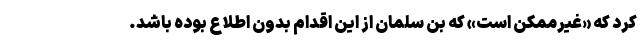
کرد که «غیرممکن است» که بن سلمان از این اقدام بدون اطلاع بوده باشد.